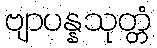
ဗျာပန္နသုတ္တံ